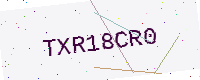
Text: TXR18CR0